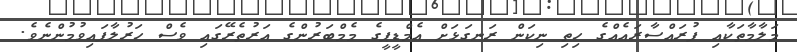
މަލާމާތަކާއި ފުރައްސާރައެއްގެ ހިތި ނިކަން ރަނގަޅަށް އެމްޑީޕީގެ މެމްބަރުންގެ އަރުތެރޭގައި ވެސް ހަރުލާފައިވުމުންނެވެ.